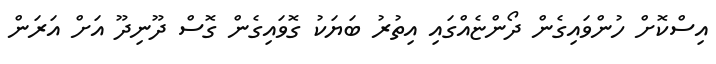
އިސްކޮށް ހުންވައިގެން ދޯންޏެއްގައި އިތުރު ބަޔަކު ގޮވައިގެން ގޮސް ދޫނިދޫ އަށް އަރަން